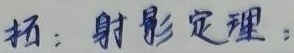
拓：射影定理：